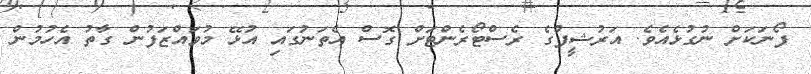
ފޯނަކަށް ނުގުޅެއެވެ. އަރުޝީފުގެ ރެސްޓޯރެންޓަށް ގޮސް އެތަނުގައި އުޅޭ މުވައްޒަފުން ގާތު އެހުމުން